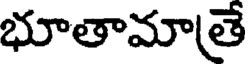
భూతామాతే